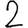
Digit: 2